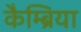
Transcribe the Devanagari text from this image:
कैम्ब्रिया